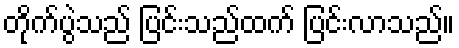
တိုက်ပွဲသည် ပြင်းသည်ထက် ပြင်းလာသည်။